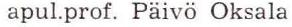
apul.prof. Päivö Oksala